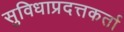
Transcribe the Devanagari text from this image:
सुविधाप्रदत्तकर्ता